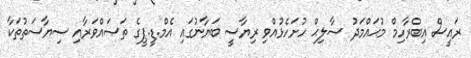
ރައީސް އިބްރާހިމް މުޙައްމަދު ޞާލިޙް ހުށަހެޅުއްވި ރިޔާސީ ބަޔާނުގައި އެމް.ޑީ.ޕީގެ ތަޞައްވަރާއި ސިޔާސަތުތަކާ